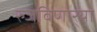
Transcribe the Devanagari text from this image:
रुजविणार्‍या